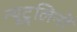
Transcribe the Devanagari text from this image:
न्यूट्र्लिनो